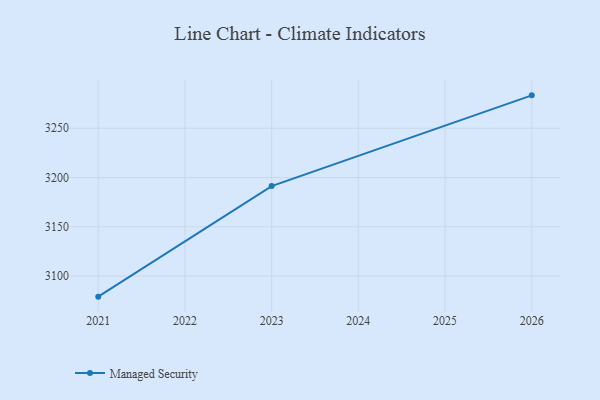
{"axis": {"x": "Year", "y": "Active Users"}, "legend": ["Managed Security"], "data": [{"x": "2021", "y": 3079.1, "type": "Managed Security"}, {"x": "2023", "y": 3191.3, "type": "Managed Security"}, {"x": "2026", "y": 3283.4, "type": "Managed Security"}]}